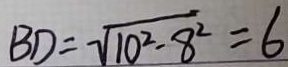
B D = \sqrt { 1 0 ^ { 2 } - 8 ^ { 2 } } = 6